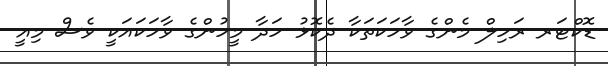
ޑޮކްޓަރ ރަހިލް މެންގެ ވާހަކަތަކާ ދެކޮޅު ހަދާ މީހުންގެ ވާހަކައަކީ ވެސް މިއީ